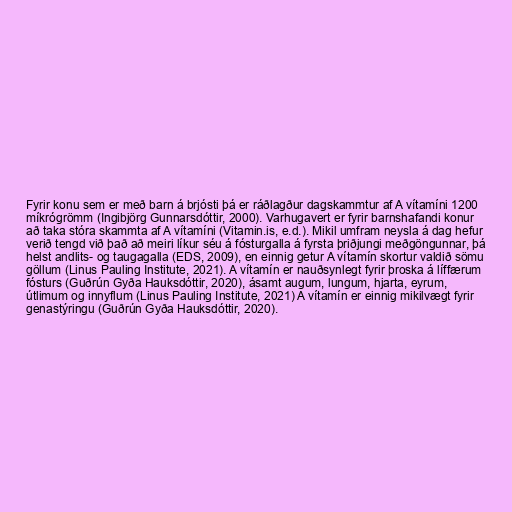
Fyrir konu sem er með barn á brjósti þá er ráðlagður dagskammtur af A vítamíni 1200
míkrógrömm (Ingibjörg Gunnarsdóttir, 2000). Varhugavert er fyrir barnshafandi konur
að taka stóra skammta af A vítamíni (Vitamin.is, e.d.). Mikil umfram neysla á dag hefur
verið tengd við það að meiri líkur séu á fósturgalla á fyrsta þriðjungi meðgöngunnar, þá
helst andlits- og taugagalla (EDS, 2009), en einnig getur A vítamín skortur valdið sömu
göllum (Linus Pauling Institute, 2021). A vítamín er nauðsynlegt fyrir þroska á líffærum
fósturs (Guðrún Gyða Hauksdóttir, 2020), ásamt augum, lungum, hjarta, eyrum,
útlimum og innyflum (Linus Pauling Institute, 2021) A vítamín er einnig mikilvægt fyrir
genastýringu (Guðrún Gyða Hauksdóttir, 2020).